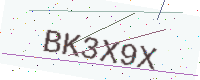
Text: BK3X9X